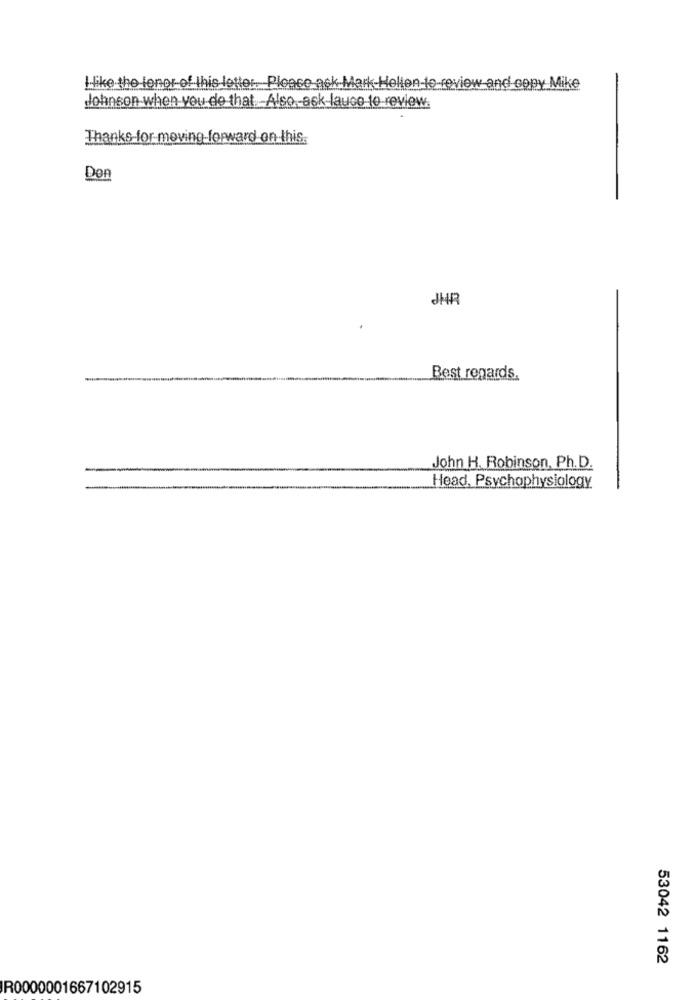
Hike the lonor of this letter. Please ask Mark Helion-to-review and copy Mike
Johnson when you do that Also ask lauce to review.
Thanks for moving forward on this.
Don
JHR
Best regards.
John H. Robinson, Ph.D.
Head, Psychophysiology
53042 1162
R0000001667102915